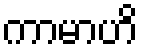
ကာမာဟိ